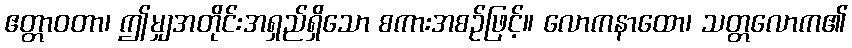
ဧတ္တာဝတာ၊ ဤမျှအတိုင်းအရှည်ရှိသော စကားအစဉ်ဖြင့်။ လောကနာထော၊ သတ္တလောက၏